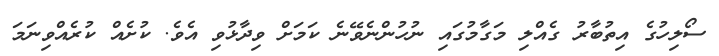
ސޯލިހުގެ އިތުބާރު ގެއްލި މަގާމުގައި ނުހުންނެވޭނެ ކަމަށް ވިދާޅުވި އެވެ. ކުށެއް ކުރެއްވިނަމަ